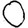
Digit: 0